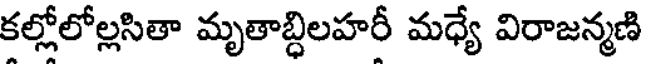
కల్లోలోల్లసితా మృతాబ్ధిలహరీ మధ్యే విరాజన్మణి